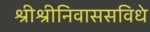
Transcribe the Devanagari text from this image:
श्रीश्रीनिवाससविधे